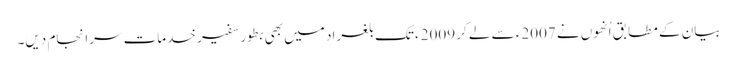
بیان کے مطابق اُنھوں نے 2007ء سے لے کر 2009ء تک بلغراد میں بھی بطور سفیر خدمات سرانجام دیں۔